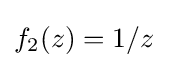
f_{2}(z)=1/z\quad